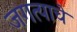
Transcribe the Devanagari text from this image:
जगत्याचे